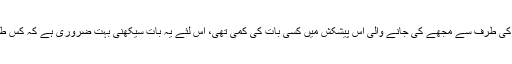
اور کون یسوع‘‘ غالباََاِن نیک نیت لوگوں کی طرف سے مجھے کی جانے والی اِس پیشکش میں کسی بات کی کمی تھی، اِس لئے یہ بات سیکھنی بہت ضروری ہے کہ کس طرح یسوع کے بہتر گواہ بنا جا سکتا ہے۔